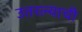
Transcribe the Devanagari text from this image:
उतरल्याची